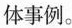
体事例。